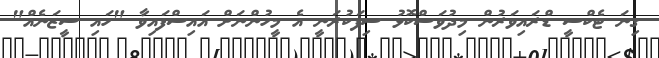
ގިނަ ޓެކްސީ ޑްރައިވަރުން މިދުވަސްކޮޅު ސިފަކުރަނީ އެ މީހުންނަށް އައިސްފައިވާ "ހައި ސީޒަނެއް"